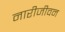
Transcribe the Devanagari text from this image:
नारीजीवन